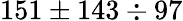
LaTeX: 151\pm 143\div 97